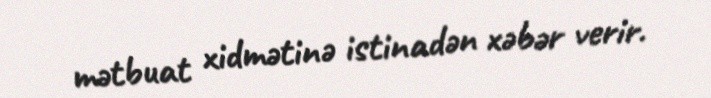
mətbuat xidmətinə istinadən xəbər verir.